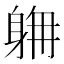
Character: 𨉄